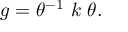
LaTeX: g = \theta ^ { - 1 } ~ k ~ \theta .